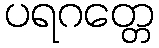
ပရဂတ္တေ